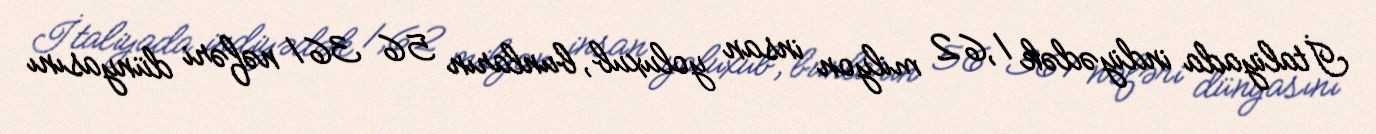
İtaliyada indiyədək 1,62 milyon insan yoluxub, bunların 56 361 nəfəri dünyasını